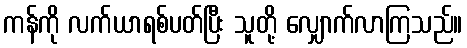
ကန်ကို လက်ယာရစ်ပတ်ပြီး သူတို့ လျှောက်လာကြသည်။